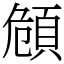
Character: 頠